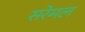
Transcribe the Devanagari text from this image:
सरेमल